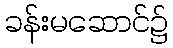
ခန်းမဆောင်၌